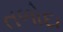
તળોદા